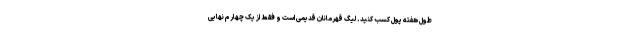
طول هفته پول کسب کنید. لیگ قهرمانان قدیمی است و فقط از یک چهارم نهایی